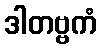
ဒါတဗ္ဗကံ